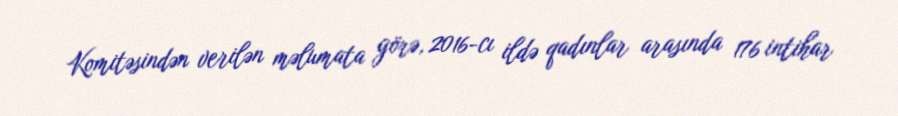
Komitəsindən verilən məlumata görə, 2016-cı ildə qadınlar arasında 176 intihar